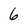
Character: 6